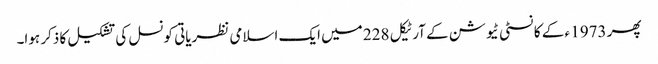
پھر 1973 ء کے کانسٹی ٹیوشن کے آرٹیکل 228 میں ایک اسلامی نظریاتی کونسل کی تشکیل کا ذکر ہوا۔